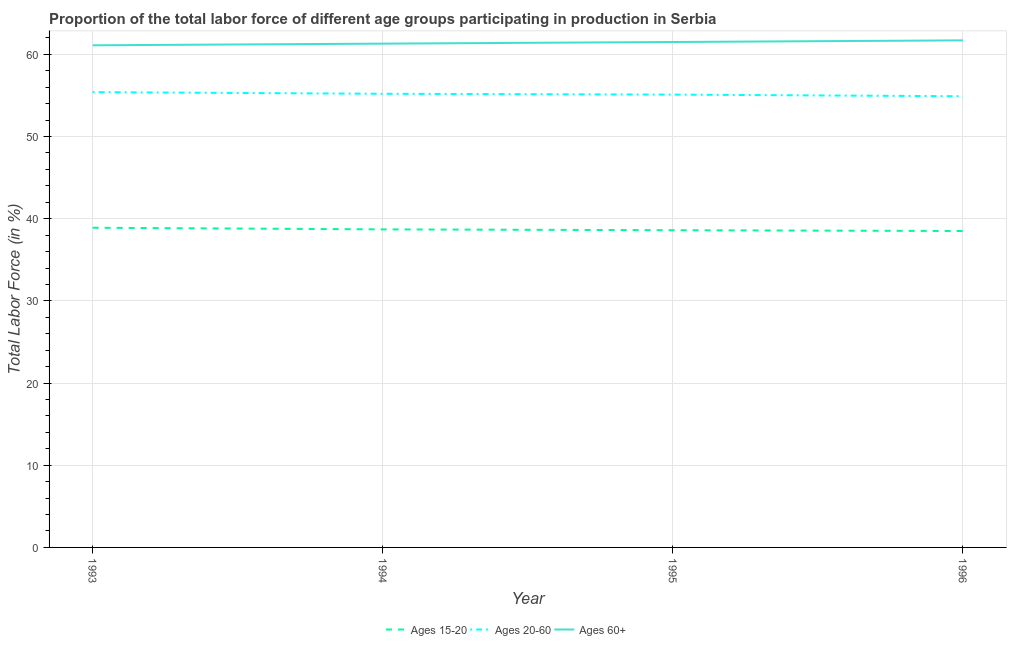
| Year | Ages 15-20 | Ages 20-60 | Ages 60+ |
 | --- | --- | --- | --- |
 | 1993 | 38.9 | 55.4 | 61.1 |
 | 1994 | 38.7 | 55.2 | 61.3 |
 | 1995 | 38.6 | 55.1 | 61.5 |
 | 1996 | 38.5 | 54.9 | 61.7 |